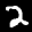
Label: 2